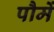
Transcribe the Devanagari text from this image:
पौमें